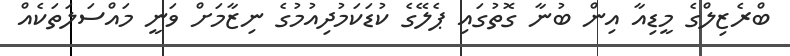
ބްރެޒިލްގެ މީޑިއާ އިން ބުނާ ގޮތުގައި ޕެލޭގެ ކުޑަކަމުދިއުމުގެ ނިޒާމަށް ވަނީ މައްސަލަތަކެއް